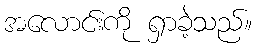
အလောင်းကို ရှာခဲ့သည်။